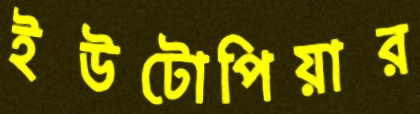
ইউটোপিয়ার